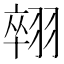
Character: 𦑋